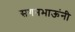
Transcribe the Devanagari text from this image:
सगनभाऊंनी